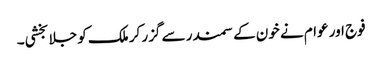
فوج اور عوام نے خون کے سمندر سے گزر کر ملک کو جلا بخشی۔